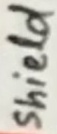
Text: shield